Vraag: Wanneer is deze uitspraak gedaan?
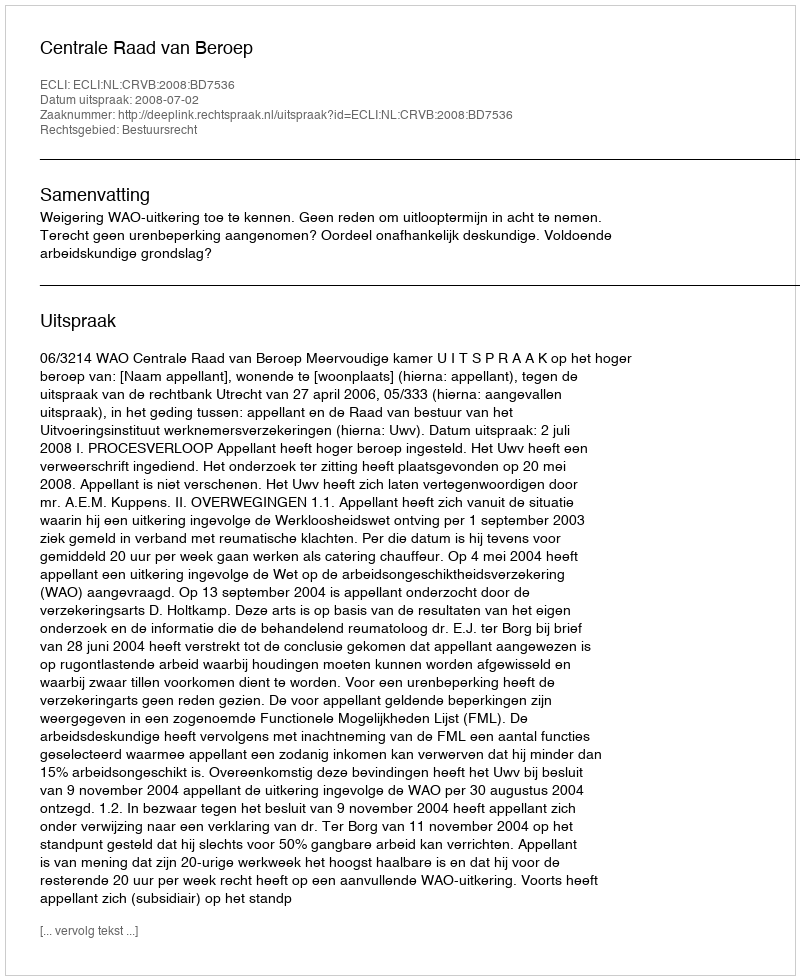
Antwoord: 2008-07-02